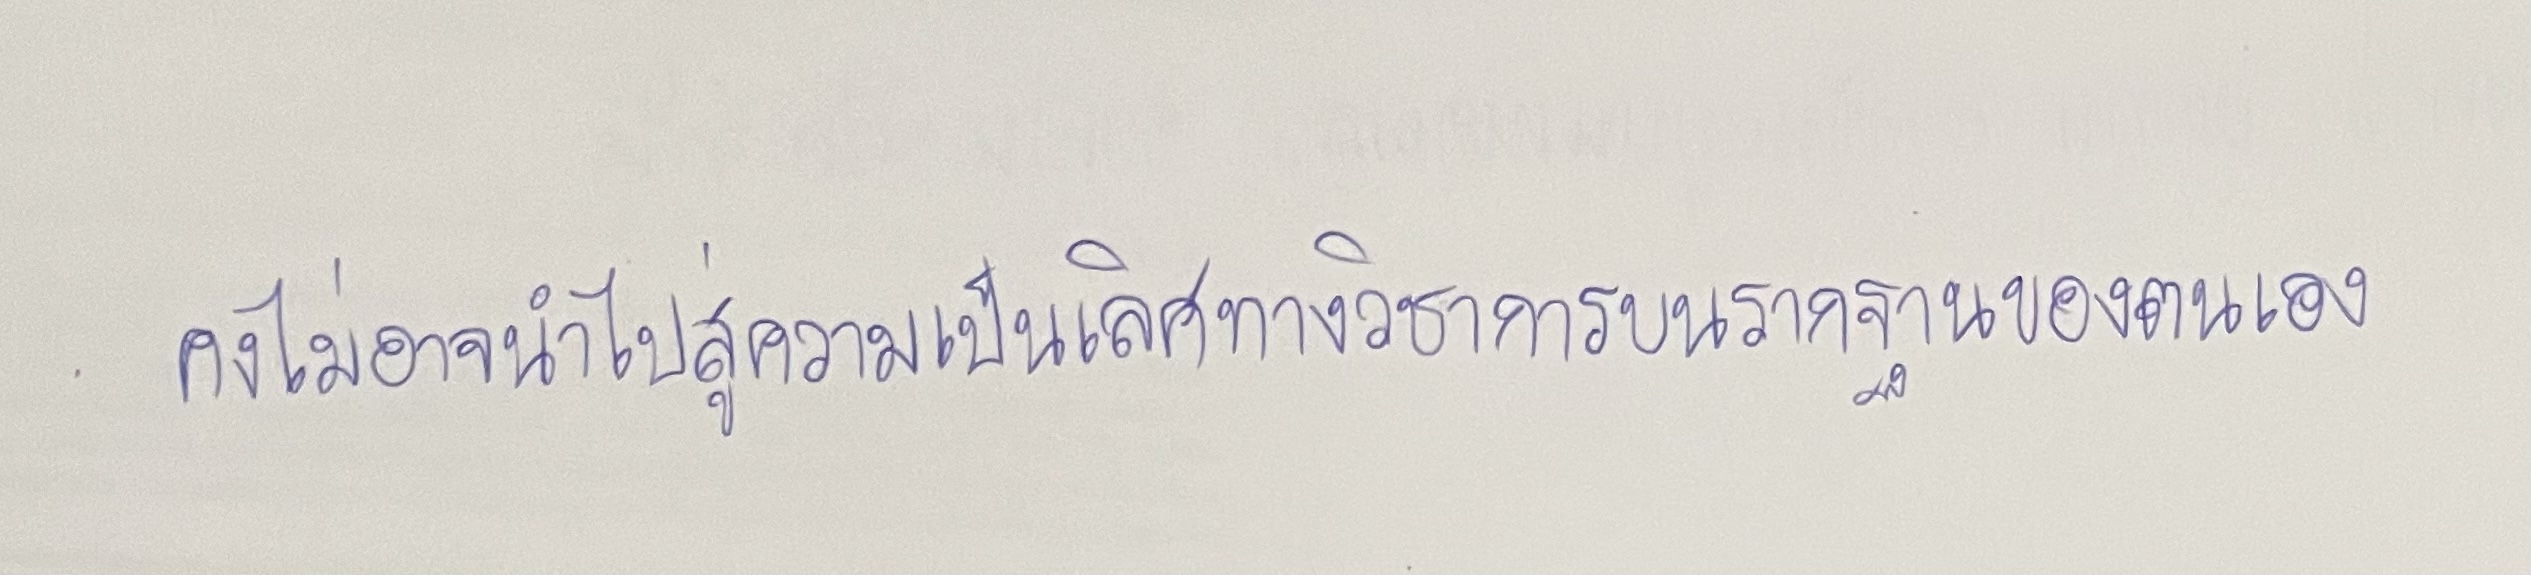
คงไม่อาจนำไปสู่ความเป็นเลิศทางวิชาการบนรากฐานของตนเอง